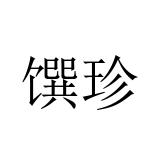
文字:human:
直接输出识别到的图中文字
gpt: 馔珍